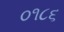
૦૧૮૬